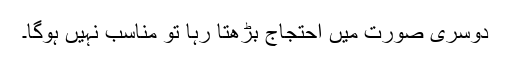
دوسری صورت میں احتجاج بڑھتا رہا تو مناسب نہیں ہوگا۔